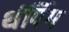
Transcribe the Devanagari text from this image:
थंपिंग